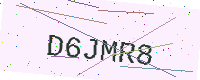
Text: D6JMR8